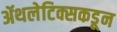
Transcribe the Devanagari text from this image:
ॲथलेटिक्सकडून